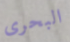
البحرى